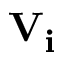
\mathbf { V _ { i } }